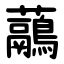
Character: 虉